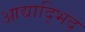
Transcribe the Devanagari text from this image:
आद्याद्भिद